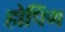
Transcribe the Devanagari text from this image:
होपिंग